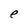
Character: e